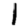
Digit: 1